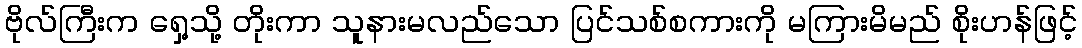
ဗိုလ်ကြီးက ရှေ့သို့ တိုးကာ သူနားမလည်သော ပြင်သစ်စကားကို မကြားမိမည် စိုးဟန်ဖြင့်